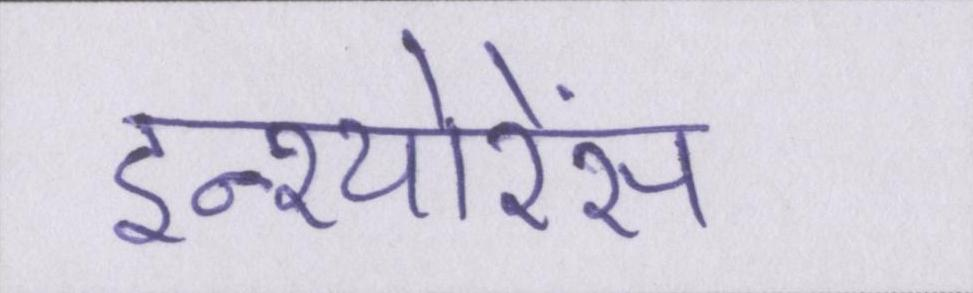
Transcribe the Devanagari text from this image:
इन्श्योरेंस